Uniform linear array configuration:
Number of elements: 12
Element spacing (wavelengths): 0.75
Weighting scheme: hann
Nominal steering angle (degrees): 15
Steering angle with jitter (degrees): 16.644
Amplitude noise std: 0.05
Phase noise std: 0.05

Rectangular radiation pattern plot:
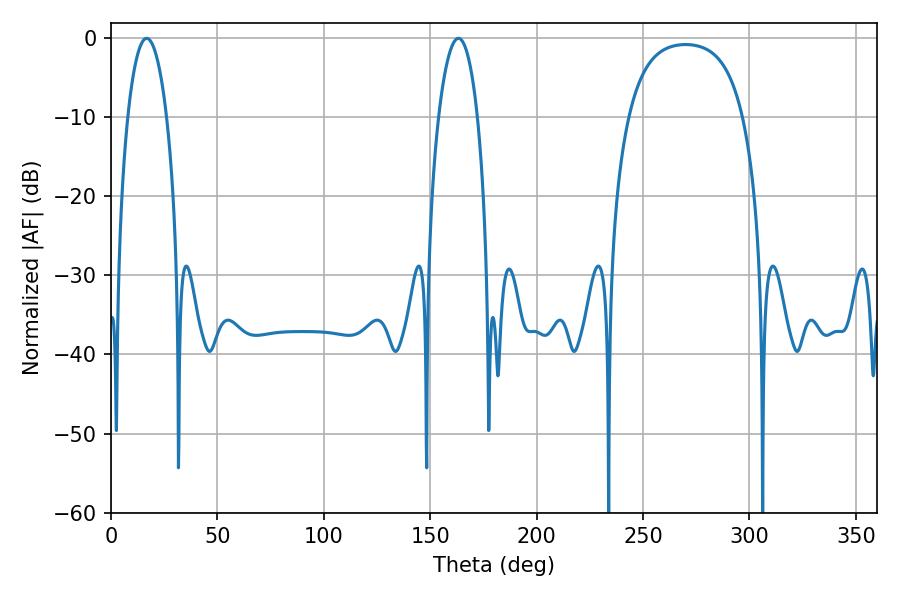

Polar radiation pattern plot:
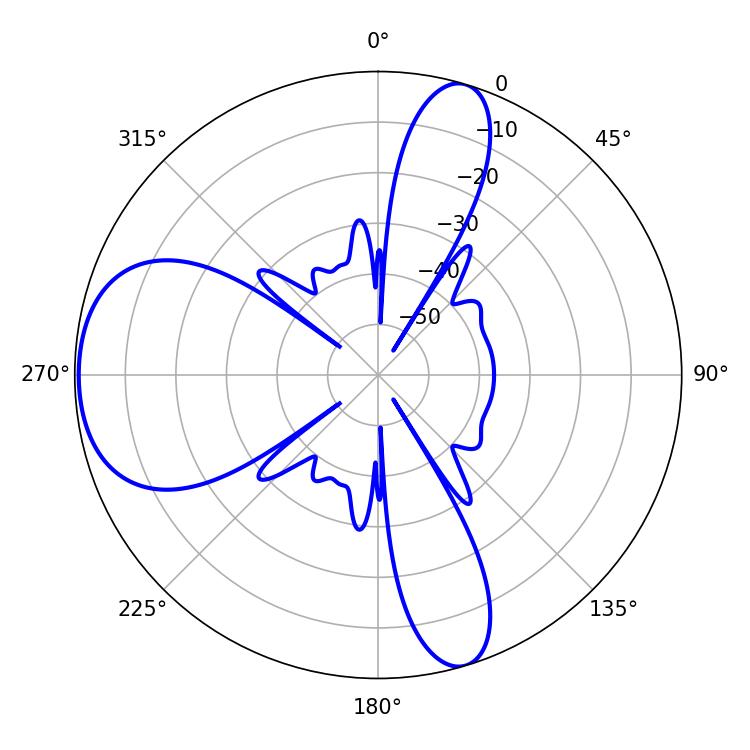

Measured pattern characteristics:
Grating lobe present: TRUE
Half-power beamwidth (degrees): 10.26
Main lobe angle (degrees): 16.74